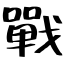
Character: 戰